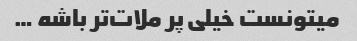
میتونست خیلی پر ملات‌تر باشه …‌